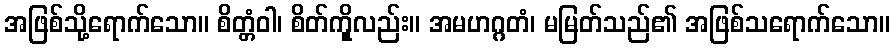
အဖြစ်သို့ရောက်သော။ စိတ္တံဝါ၊ စိတ်ကိုူလည်း။ အမဟဂ္ဂတံ၊ မမြတ်သည်၏ အဖြစ်သရောက်သော။